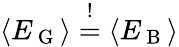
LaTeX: \langle E_{\mathrm{~G~}}\rangle\overset{!}{=}\langle E_{\mathrm{~B~}}\rangle